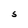
Character: S